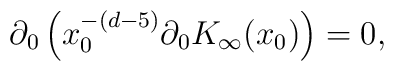
\partial_0 \left(x_0^{-(d-5)} \partial_0 K_\infty(x_0)\right) = 0,